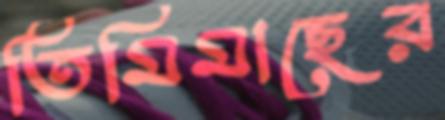
তিমিমাছের